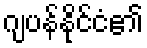
ဂျပန်နိုင်ငံ၏